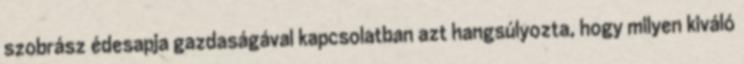
szobrász édesapja gazdaságával kapcsolatban azt hangsúlyozta, hogy milyen kiváló